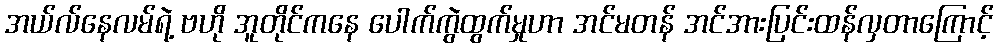
အယ်လ်နေလမ်ရဲ့ ဗဟို အူတိုင်ကနေ ပေါက်ကွဲထွက်မှုဟာ အင်မတန် အင်အားပြင်းထန်လှတာကြောင့်